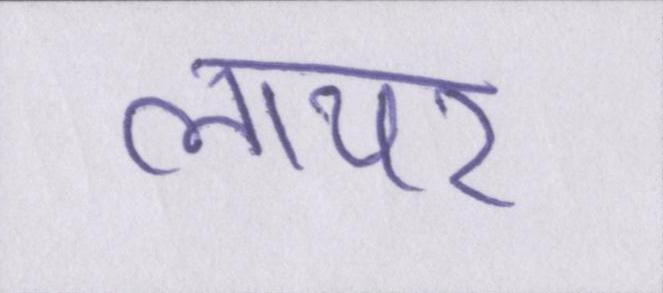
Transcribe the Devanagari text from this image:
लायर